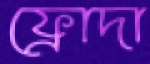
ফ্রোদা